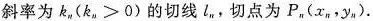
斜率为k_{n}($$k_{n}>0$$)的切线l_{n}，切点为P_{n}(x_{n}，y_{n}).